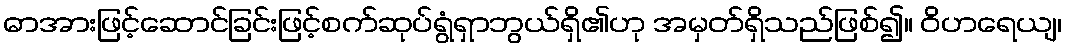
ဓာအားဖြင့်ဆောင်ခြင်းဖြင့်စက်ဆုပ်ရွံရှာဘွယ်ရှိ၏ဟု အမှတ်ရှိသည်ဖြစ်၍။ ဝိဟရေယျ၊